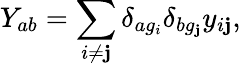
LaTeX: Y_{ab}=\sum_{i\neq\mathbf{j}}\delta_{ag_{i}}\delta_{bg_{\mathbf{j}}}y_{i\mathbf{j}},